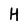
Character: H